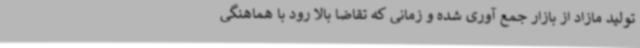
تولید مازاد از بازار جمع آوری شده و زمانی که تقاضا بالا رود با هماهنگی